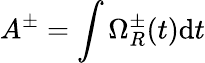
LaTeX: A^{\pm}=\int\Omega_{R}^{\pm}(t)\mathrm{d}t